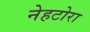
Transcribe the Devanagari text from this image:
नेहटोरा